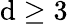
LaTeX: \mathrm{d}\ge3